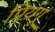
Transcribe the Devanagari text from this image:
प्रियंगू